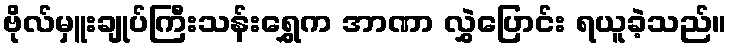
ဗိုလ်မှူးချုပ်ကြီးသန်းရွှေက အာဏာ လွှဲပြောင်း ရယူခဲ့သည်။